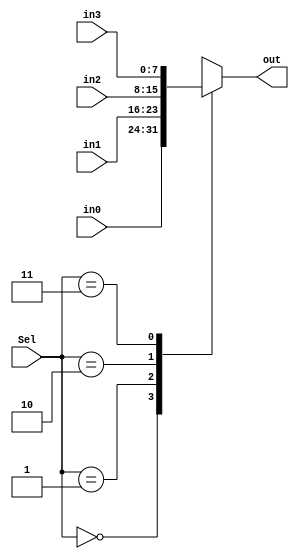
`timescale 1ns / 1ps
module MULT_4_to_1#(parameter N=8)(
	input [N-1:0] in0,in1,in2,in3,
	input [1:0] Sel,
	output reg [N-1:0] out
    );
	
always @(*) begin
	case(Sel)
		2'b00: out = in0;
		2'b01: out = in1;
		2'b10: out = in2;
		2'b11: out = in3;
	endcase
end
endmodule